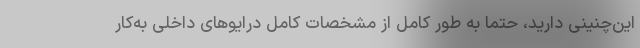
این‌چنینی دارید، حتما به طور کامل از مشخصات کامل درایوهای داخلی به‌کار